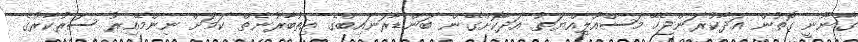
ގާނޫނީ ގޮތުން އަދާކުރަންޖެހޭ މަސްއޫލިއްޔަތު އަދާކޮށްގެން ބަންޑާރަނައިބްގެ އިތުބާރުނެތް ކަމަށް ނިންމޭއިރު ސަރުކާރުގެ